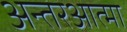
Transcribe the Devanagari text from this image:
अन्तरआत्मा